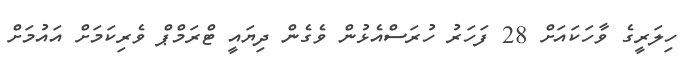
ހިލަރީގެ ވާހަކައަށް 28 ފަހަރު ހުރަސްއެޅުން ވެގެން ދިޔައީ ޓްރަމްޕް ވެރިކަމަށް އައުމަށް